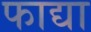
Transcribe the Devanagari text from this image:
फाद्या